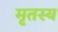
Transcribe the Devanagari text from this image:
मृतस्य